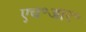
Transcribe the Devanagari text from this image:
एच॰आर॰